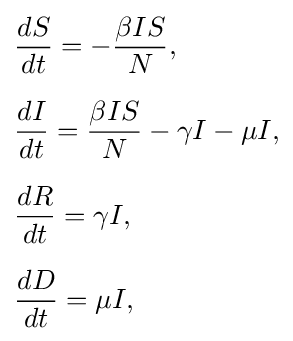
{\begin{aligned}&{\frac {dS}{dt}}=-{\frac {\beta IS}{N}},\\[6pt]&{\frac {dI}{dt}}={\frac {\beta IS}{N}}-\gamma I-\mu I,\\[6pt]&{\frac {dR}{dt}}=\gamma I,\\[6pt]&{\frac {dD}{dt}}=\mu I,\end{aligned}}